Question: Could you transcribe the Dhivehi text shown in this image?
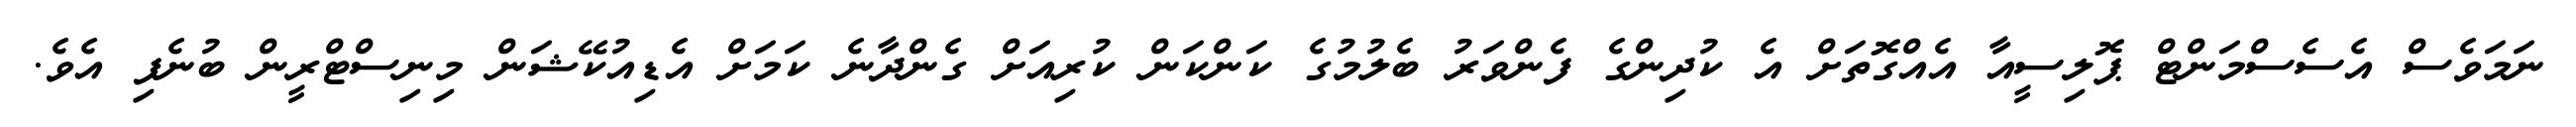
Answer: ނަމަވެސް އެސެސްމަންޓް ޕޮލިސީއާ އެއްގޮތަށް އެ ކުދިންގެ ފެންވަރު ބެލުމުގެ ކަންކަން ކުރިއަށް ގެންދާނެ ކަމަށް އެޑިއުކޭޝަން މިނިސްޓްރީން ބުނެފި އެވެ.